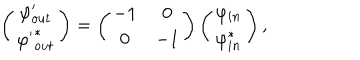
\left( \begin{array} { c c } { { { \varphi } _ { o u t } ^ { \prime } } } \\ { { { { \varphi } ^ { \prime } } _ { o u t } ^ { * } } } \\ \end{array} \right) = \left( \begin{array} { c c } { { - 1 } } & { { 0 } } \\ { { 0 } } & { { - 1 } } \\ \end{array} \right) \left( \begin{array} { c c } { { \varphi _ { i n } } } \\ { { \varphi _ { i n } ^ { * } } } \\ \end{array} \right) ,